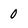
Character: 0